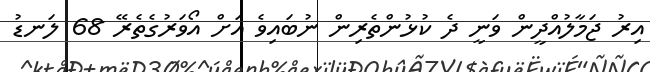
އިރު ޖަމާލުއްދީން ވަނީ ދެ ކުޅުންތެރިން ނުބައިވެ އަށް އޯވަރުގެތެރޭ 68 ލަނޑު